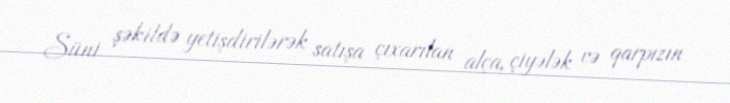
Süni şəkildə yetişdirilərək satışa çıxarılan alça, çiyələk və qarpızın